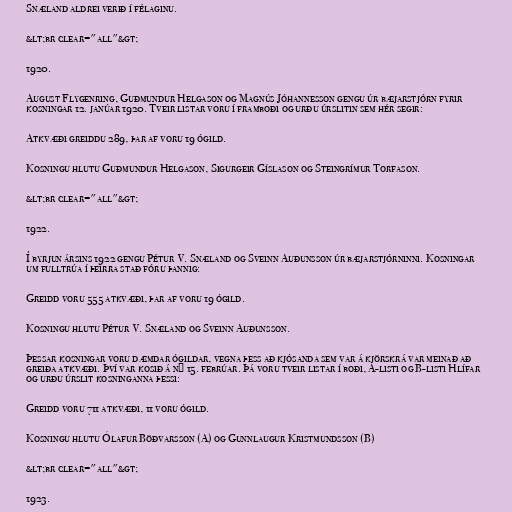
Snæland aldrei verið í félaginu.

&lt;br clear="all"&gt;

1920.

August Flygenring, Guðmundur Helgason og Magnús Jóhannesson gengu úr bæjarstjórn fyrir
kosningar 12. janúar 1920. Tveir listar voru í framboði og urðu úrslitin sem hér segir:

Atkvæði greiddu 289, þar af voru 19 ógild.

Kosningu hlutu Guðmundur Helgason, Sigurgeir Gíslason og Steingrímur Torfason.

&lt;br clear="all"&gt;

1922.

Í byrjun ársins 1922 gengu Pétur V. Snæland og Sveinn Auðunsson úr bæjarstjórninni. Kosningar
um fulltrúa í þeirra stað fóru þannig:

Greidd voru 555 atkvæði, þar af voru 19 ógild.

Kosningu hlutu Pétur V. Snæland og Sveinn Auðunsson.

Þessar kosningar voru dæmdar ógildar, vegna þess að kjósanda sem var á kjörskrá var meinað að
greiða atkvæði. Því var kosið á ný 15. febrúar. Þá voru tveir listar í boði, A-listi og B-listi Hlífar
og urðu úrslit kosninganna þessi:

Greidd voru 711 atkvæði, 11 voru ógild.

Kosningu hlutu Ólafur Böðvarsson (A) og Gunnlaugur Kristmundsson (B)

&lt;br clear="all"&gt;

1923.